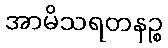
အာမိသရတနဉ္စ